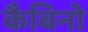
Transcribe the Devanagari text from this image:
कैबिनो